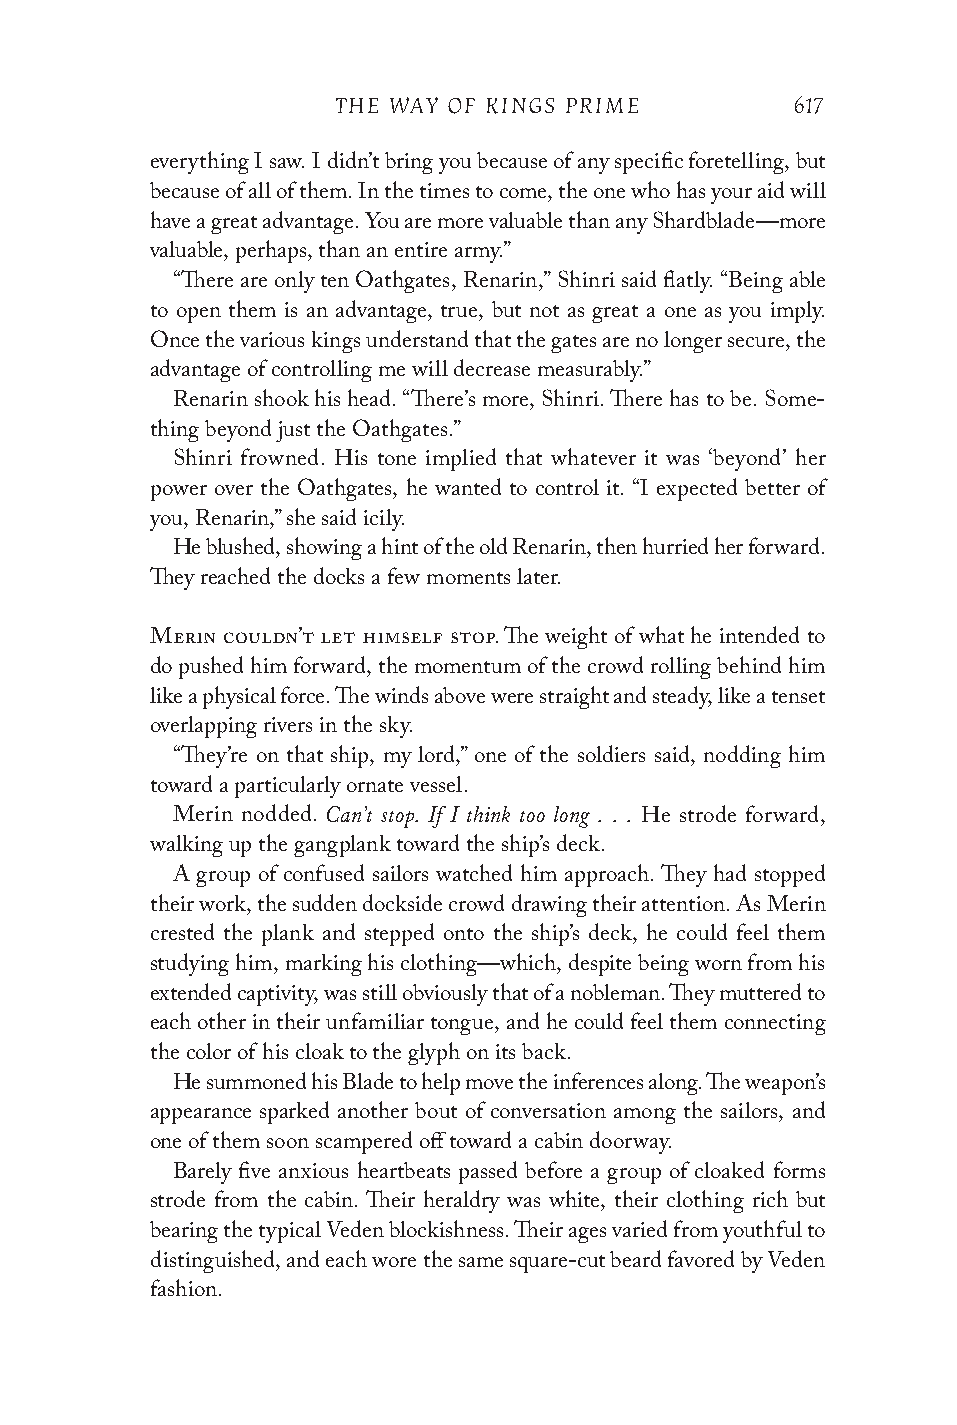
THE WAY OF KINGS PRIME         617
 everything I saw. I didn’t bring you because of any specific foretelling, but
 because of all of them. In the times to come, the one who has your aid will
 have a great advantage. You are more valuable than any Shardblade—more
 valuable, perhaps, than an entire army.”
 “There are only ten Oathgates, Renarin,” Shinri said flatly. “Being able
 to open them is an advantage, true, but not as great a one as you imply.
 Once the various kings understand that the gates are no longer secure, the
 advantage of controlling me will decrease measurably.”
 Renarin shook his head. “There’s more, Shinri. There has to be. Some-
 thing beyond just the Oathgates.”
 Shinri frowned. His tone implied that whatever it was ‘beyond’ her
 power over the Oathgates, he wanted to control it. “I expected better of
 you, Renarin,” she said icily.
 He blushed, showing a hint of the old Renarin, then hurried her forward.
 They reached the docks a few moments later.
 Merin couldn’t let himself stop. The weight of what he intended to
 do pushed him forward, the momentum of the crowd rolling behind him
 like a physical force. The winds above were straight and steady, like a tenset
 overlapping rivers in the sky.
 “They’re on that ship, my lord,” one of the soldiers said, nodding him
 toward a particularly ornate vessel.
 Can’t stop. If I think too long . . .
 Merin nodded.                  He strode forward,
 walking up the gangplank toward the ship’s deck.
 A group of confused sailors watched him approach. They had stopped
 their work, the sudden dockside crowd drawing their attention. As Merin
 crested the plank and stepped onto the ship’s deck, he could feel them
 studying him, marking his clothing—which, despite being worn from his
 extended captivity, was still obviously that of a nobleman. They muttered to
 each other in their unfamiliar tongue, and he could feel them connecting
 the color of his cloak to the glyph on its back.
 He summoned his Blade to help move the inferences along. The weapon’s
 appearance sparked another bout of conversation among the sailors, and
 one of them soon scampered off toward a cabin doorway.
 Barely five anxious heartbeats passed before a group of cloaked forms
 strode from the cabin. Their heraldry was white, their clothing rich but
 bearing the typical Veden blockishness. Their ages varied from youthful to
 distinguished, and each wore the same square-cut beard favored by Veden
 fashion.